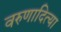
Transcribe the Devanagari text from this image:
वरुणादित्या